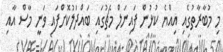
މި މުބާރާތުގެއި އިއްޔެ ކުޅުން ފައިނަލް މެޗުގައި ބައްދަލުކޮށްފައި ވަނީ މާސް އާއި